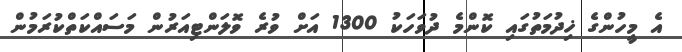
އެ މީހުންގެ ޚިދުމަތުގައި ކޮންމެ ދުވަހަކު 1300 އަށް ވުރެ ވޮލަންޓިއަރުން މަސައްކަތްކުރަމުން